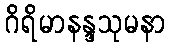
ဂိရိမာနန္ဒသုမနာ